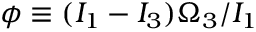
\phi \equiv ( I _ { 1 } - I _ { 3 } ) \Omega _ { 3 } / I _ { 1 }